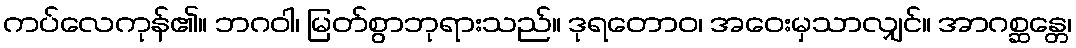
ကပ်လေကုန်၏။ ဘဂဝါ၊ မြတ်စွာဘုရားသည်။ ဒုရတောဝ၊ အဝေးမှသာလျှင်။ အာဂစ္ဆန္တေ၊